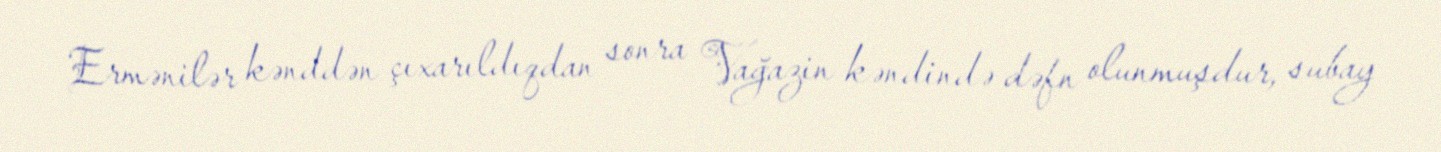
Ermənilər kənddən çıxarıldıqdan sonra Vağazin kəndində dəfn olunmuşdur, subay